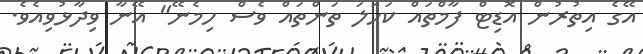
އޭގެ އިތުރުން އޮޑިޓް ފާމްތައް ކަހަލަ ތަންތައް ވެސް ހިމެނޭ" އޭނާ ވިދާޅުވިއެވެ.